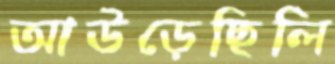
আউড়েছিলি